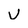
Character: u